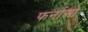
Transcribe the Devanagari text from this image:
फर्नाओ